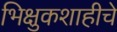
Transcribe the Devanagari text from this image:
भिक्षुकशाहीचे